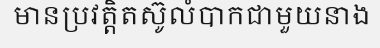
មានប្រវត្តិតស៊ូលំបាកជាមួយនាង